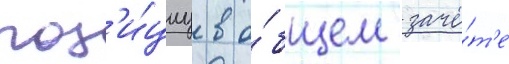
поз'и́циу в о́бщем зачё́т'е